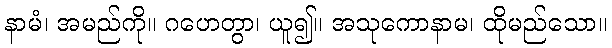
နာမံ၊ အမည်ကို။ ဂဟေတွာ၊ ယူ၍။ အသုကောနာမ၊ ထိုမည်သော။